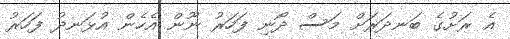
އެ ރަށުގެ ބަނދަރަށް މަސް ދޯނި ފަހަރު ނޫން އެހެން އުޅަނދު ފަހަރު